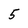
Character: 5